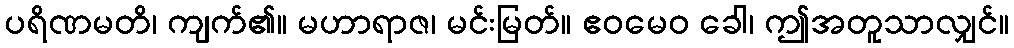
ပရိဏမတိ၊ ကျက်၏။ မဟာရာဇ၊ မင်းမြတ်။ ဧဝမေဝ ခေါ၊ ဤအတူသာလျှင်။